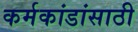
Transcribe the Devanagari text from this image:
कर्मकांडांसाठी